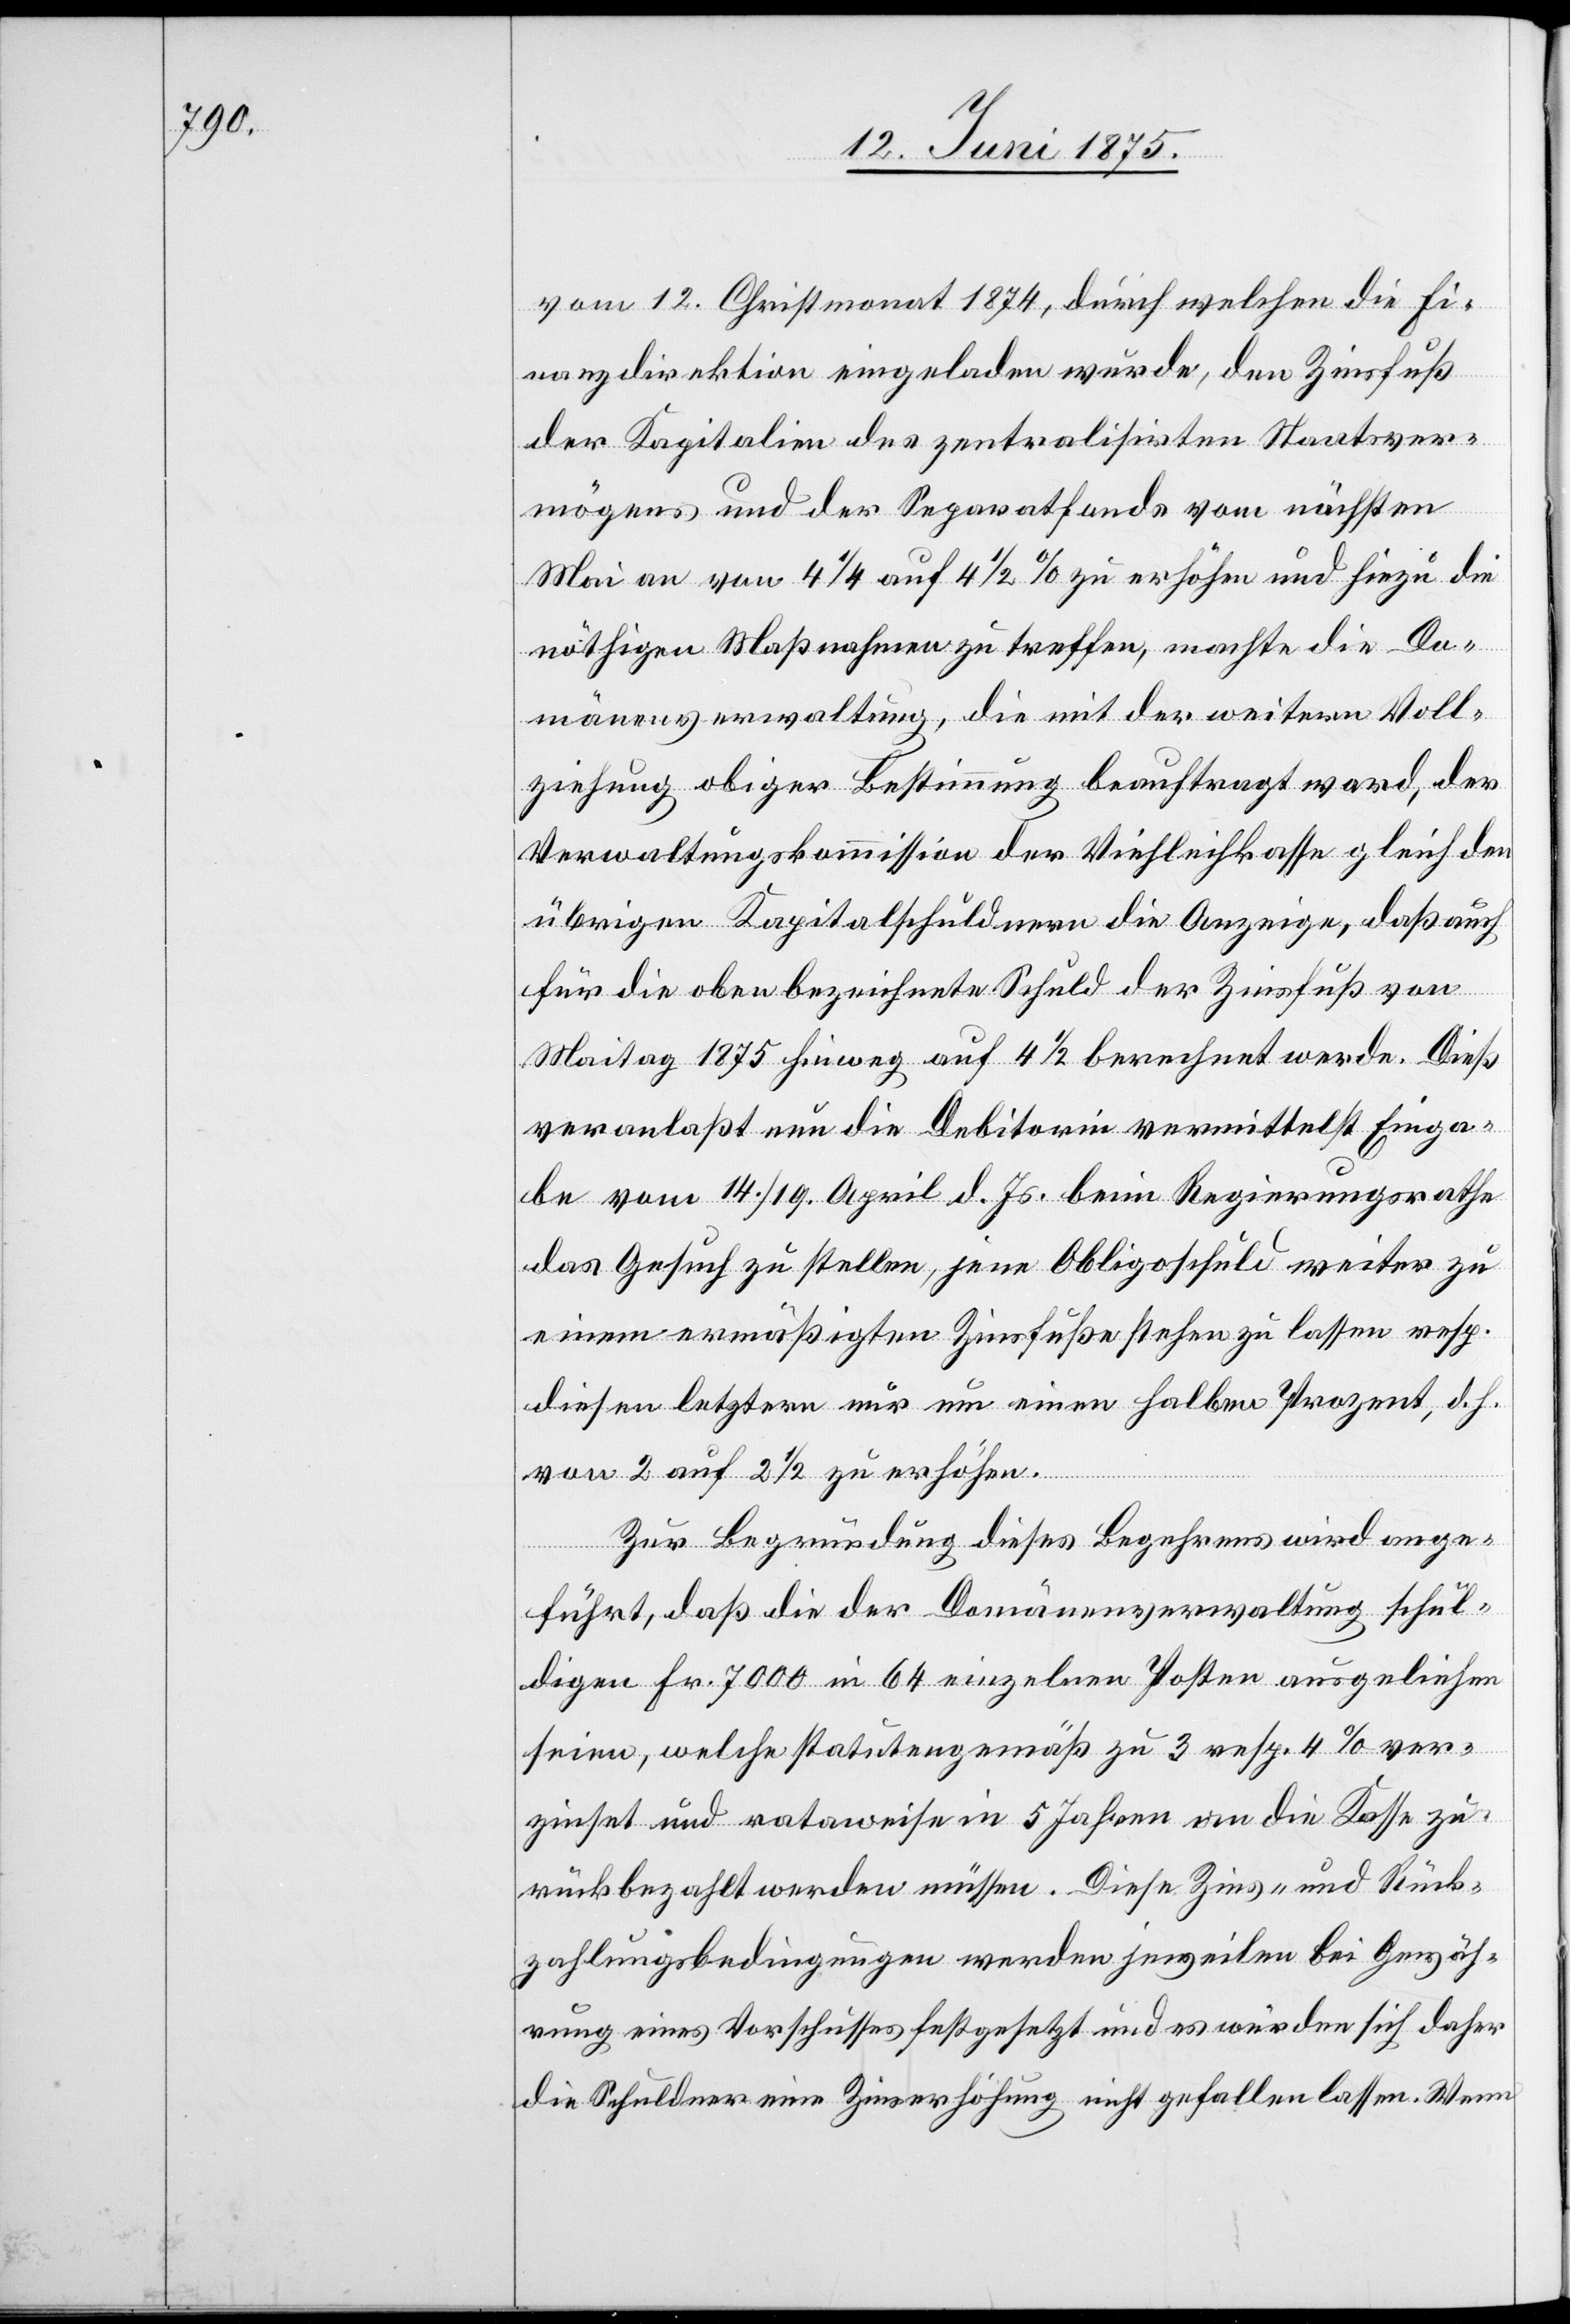
vom 12. Christmonat 1874, durch welchen die Fi¬
nanzdirektion eingeladen wurde, den Zinsfuß
der Kapitalien des zentralisirten Staatsver¬
mögens und der Separatfonds vom nächsten
Mai an von 4 ¼ auf 4 1/2% zu erhöhen und hiezu die
nöthigen Maßnahmen zu treffen, machte die Do¬
mänenverwaltung, die mit der weitern Voll¬
ziehung obiger Bestimmung beauftragt ward, der
Verwaltungskommission der Viehleihkasse gleich den
übrigen Kapitalschuldnern die Anzeige, daß auch
für die oben bezeichnete Schuld der Zinsfuß von
Maitag 1875 hinweg auf 4 1/4 berechnet werde. Dieß
veranlaßt nun die Debitorin vermittelst Einga¬
be vom 14./19. April d. Js. beim Regierungsrathe
das Gesuch zu stellen, jene Obligoschuld weiter zu
einem ermäßigten Zinsfuße stehen zu lassen resp.
diesen letztern nur um einen halben Prozent, d. h.
von 2 auf 2 1/2 zu erhöhen.
Zur Begründung dieses Begehrens wird ange¬
führt, daß die der Domänenverwaltung schul¬
digen Fr. 7000 in 64 einzelnen Posten ausgeliehen
seien, welche statutengemäß zu 3 resp. 4% ver¬
zinset und rataweise in 5 Jahren an die Kasse zu¬
rückbezahlt werden müssen. Diese Zins- und Rück¬
zahlungsbedingungen werden jeweilen bei Gewäh¬
rung eines Vorschusses festgesetzt und es würden sich daher
die Schuldner eine Zinserhöhung nicht gefallen lassen. Wenn